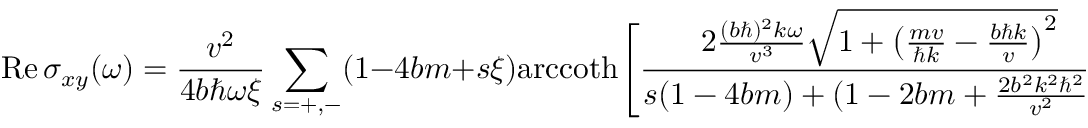
\mathrm { R e } \, \sigma _ { x y } ( \omega ) = \frac { v ^ { 2 } } { 4 b \hbar \omega \xi } \sum _ { s = + , - } ( 1 - 4 b m + s \xi ) \mathrm { a r c c o t h } \Bigg [ \frac { 2 \frac { ( b \hbar ) ^ { 2 } k \omega } { v ^ { 3 } } \sqrt { 1 + \big ( \frac { m v } { \hbar k } - \frac { b \hbar k } { v } \big ) ^ { 2 } } } { s ( 1 - 4 b m ) + ( 1 - 2 b m + \frac { 2 b ^ { 2 } k ^ { 2 } \hbar ^ { 2 } } { v ^ { 2 } } ) \xi } \Bigg ] \Bigg | _ { 0 } ^ { \infty }